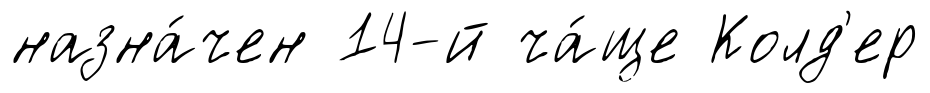
назна́чен 14-й ча́ще Колд'ер